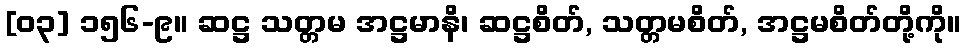
[၀၃] ၁၅၆-၉။ ဆဋ္ဌ သတ္တမ အဋ္ဌမာနိ၊ ဆဋ္ဌစိတ်, သတ္တမစိတ်, အဋ္ဌမစိတ်တို့ကို။